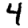
Digit: 4